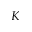
K